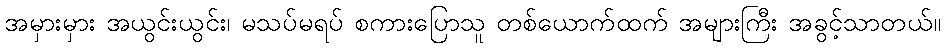
အမှားမှား အယွင်းယွင်း၊ မသပ်မရပ် စကားပြောသူ တစ်ယောက်ထက် အများကြီး အခွင့်သာတယ်။